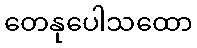
တေနုပေါသထော